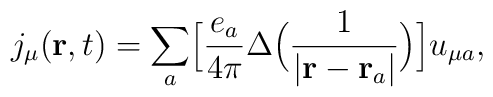
j_{\mu}({\bf r},t)=\sum_{a}\Bigl[\frac{e_a}{4\pi}\Delta\Bigl(\frac{1}{\vert {\bf r}-{\bf r}_a\vert}\Bigr)\Bigr]u_{\mu a},